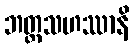
ဘတ္တသဟဿာနိ